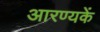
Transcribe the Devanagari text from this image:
आरण्यकें